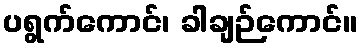
ပရွက်ကောင်၊ ခါချဉ်ကောင်။